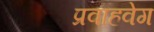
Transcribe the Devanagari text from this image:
प्रवाहवेग